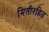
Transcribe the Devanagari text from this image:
मितीरहित